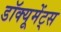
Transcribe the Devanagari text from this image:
डॉक्यूमेंट्स